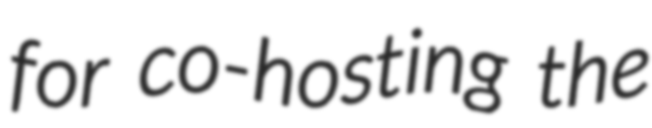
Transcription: for co-hosting the